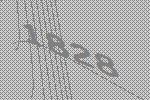
1828